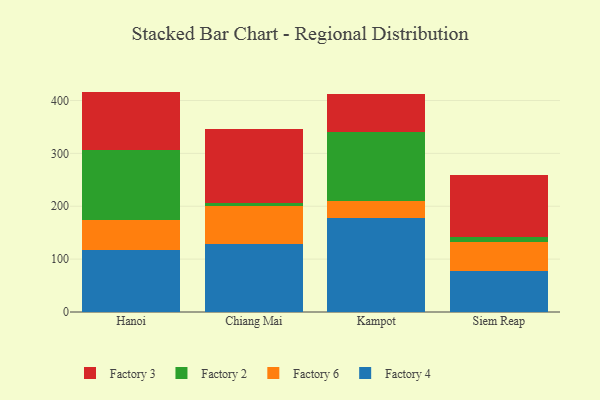
{"axis": {"x": "City", "y": "Inventory Turnover"}, "legend": ["Factory 2", "Factory 3", "Factory 4", "Factory 6"], "data": [{"x": "Hanoi", "y": 118.2, "type": "Factory 4"}, {"x": "Hanoi", "y": 56.6, "type": "Factory 6"}, {"x": "Hanoi", "y": 131.8, "type": "Factory 2"}, {"x": "Hanoi", "y": 110.2, "type": "Factory 3"}, {"x": "Chiang Mai", "y": 128.8, "type": "Factory 4"}, {"x": "Chiang Mai", "y": 71.1, "type": "Factory 6"}, {"x": "Chiang Mai", "y": 6.4, "type": "Factory 2"}, {"x": "Chiang Mai", "y": 140.3, "type": "Factory 3"}, {"x": "Kampot", "y": 177.0, "type": "Factory 4"}, {"x": "Kampot", "y": 32.5, "type": "Factory 6"}, {"x": "Kampot", "y": 131.5, "type": "Factory 2"}, {"x": "Kampot", "y": 70.8, "type": "Factory 3"}, {"x": "Siem Reap", "y": 77.5, "type": "Factory 4"}, {"x": "Siem Reap", "y": 55.6, "type": "Factory 6"}, {"x": "Siem Reap", "y": 8.2, "type": "Factory 2"}, {"x": "Siem Reap", "y": 116.9, "type": "Factory 3"}]}